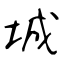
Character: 城